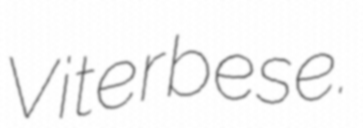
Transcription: Viterbese.